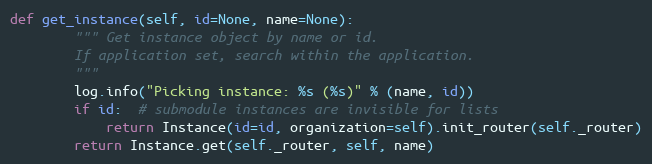
Language: Python
def get_instance(self, id=None, name=None):
        """ Get instance object by name or id.
        If application set, search within the application.
        """
        log.info("Picking instance: %s (%s)" % (name, id))
        if id:  # submodule instances are invisible for lists
            return Instance(id=id, organization=self).init_router(self._router)
        return Instance.get(self._router, self, name)